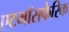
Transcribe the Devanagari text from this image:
एटमॉसफेरिक